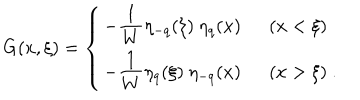
G ( x , \xi ) = \left\{ \begin{array} { l l } { { - \displaystyle { \frac { 1 } { W } } \eta _ { - q } ( \xi ) \ \eta _ { q } ( x ) } } & { { \ \ ( x < \xi ) } } \\ { { - \displaystyle { \frac { 1 } { W } } \eta _ { q } ( \xi ) \ \eta _ { - q } ( x ) } } & { { \ \ ( x > \xi ) \ . } } \\ \end{array} \right.